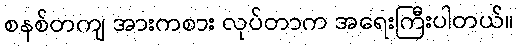
စနစ်တကျ အားကစား လုပ်တာက အရေးကြီးပါတယ်။